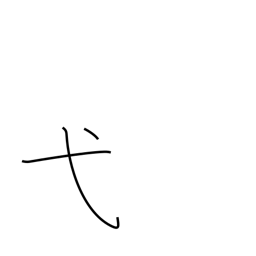
Meaning: ceremony radical (no. 56)